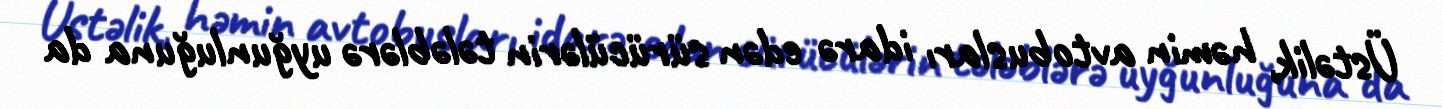
Üstəlik, həmin avtobusları idarə edən sürücülərin tələblərə uyğunluğuna da